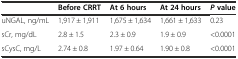
<table><thead><tr><td></td><td><b>Before CRRT</b></td><td><b>At 6 hours</b></td><td><b>At 24 hours</b></td><td><b><i>P</i>value</b></td></tr></thead><tbody><tr><td>uNGAL, ng/mL</td><td>1,917 ± 1,911</td><td>1,675 ± 1,634</td><td>1,661 ± 1,633</td><td>0.23</td></tr><tr><td>sCr, mg/dL</td><td>2.8 ± 1.5</td><td>2.3 ± 0.9</td><td>1.9 ± 0.9</td><td>&lt;0.0001</td></tr><tr><td>sCysC, mg/L</td><td>2.74 ± 0.8</td><td>1.97 ± 0.64</td><td>1.90 ± 0.8</td><td>&lt;0.0001</td></tr></tbody></table>